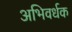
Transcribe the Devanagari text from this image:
अभिवर्धक